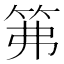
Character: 笰